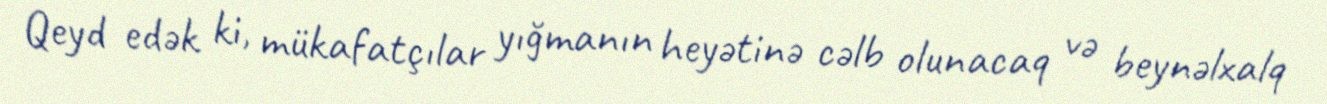
Qeyd edək ki, mükafatçılar yığmanın heyətinə cəlb olunacaq və beynəlxalq